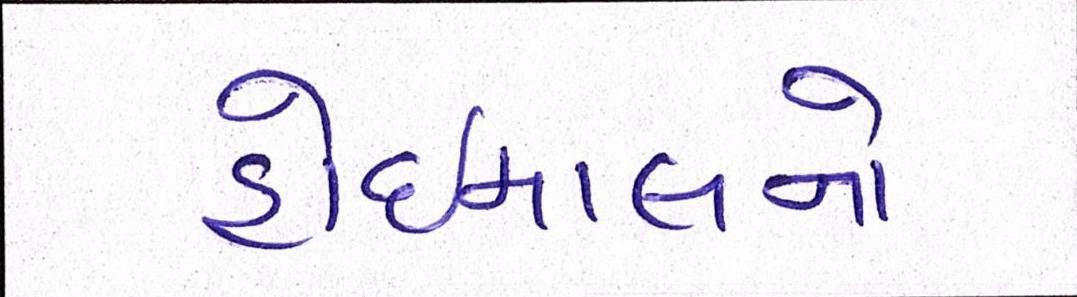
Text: હોઇમાલનો